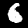
Digit: 6